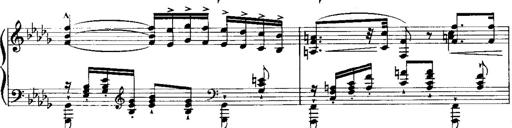
Title: RÃ©miniscences de 'Lucia di Lammermoor'
Composer: Franz Liszt